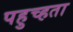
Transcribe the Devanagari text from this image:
पहुच्हता